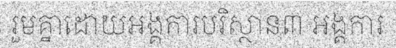
រួមគ្នាដោយអង្គការបរិស្ថាន៣ អង្គការ